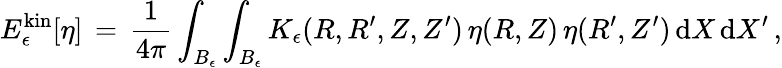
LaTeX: E_{\epsilon}^{\mathrm{kin}}[\eta]\, =\, \frac{1}{4\pi}\int_{B_{\epsilon}}\int_{B_{\epsilon}}K_{\epsilon}(R,R^{\prime},Z,Z^{\prime})\, \eta(R,Z)\, \eta(R^{\prime},Z^{\prime})\, \mathrm{d}X\, \mathrm{d}X^{\prime}\, ,